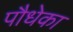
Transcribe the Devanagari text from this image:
पौधेका